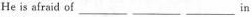
He is afraid of ___ ___ ___ in